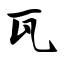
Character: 瓦